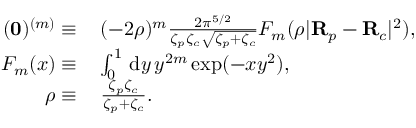
\begin{array} { r l } { ( \mathbf { 0 } ) ^ { ( m ) } \equiv \, } & { ( - 2 \rho ) ^ { m } \frac { 2 \pi ^ { 5 / 2 } } { \zeta _ { p } \zeta _ { c } \sqrt { \zeta _ { p } + \zeta _ { c } } } F _ { m } ( \rho | \mathbf { R } _ { p } - \mathbf { R } _ { c } | ^ { 2 } ) , } \\ { F _ { m } ( x ) \equiv \, } & { \int _ { 0 } ^ { 1 } \, \mathrm { d } y \, y ^ { 2 m } \exp ( - x y ^ { 2 } ) , } \\ { \rho \equiv \, } & { \frac { \zeta _ { p } \zeta _ { c } } { \zeta _ { p } + \zeta _ { c } } . } \end{array}